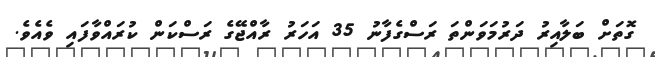
ގޮތަށް ބަލާއިރު ދަރުމަވަންތަ ރަސްގެފާނު 35 އަހަރު ރާއްޖޭގެ ރަސްކަން ކުރައްވާފައި ވެއެވެ.